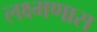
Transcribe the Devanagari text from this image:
लक्ष्मणास